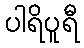
ပါရိပူရီ